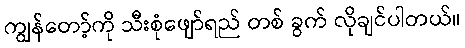
ကျွန်တော့်ကို သီးစုံဖျော်ရည် တစ် ခွက် လိုချင်ပါတယ်။